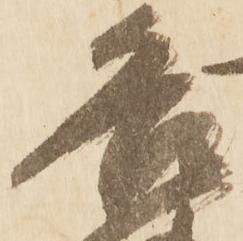
各